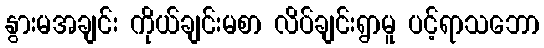
နွားမအချင်း ကိုယ်ချင်းမစာ လိပ်ချင်းရွာမူ ပင့်ရာသဘော